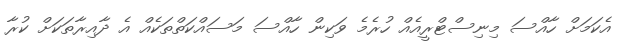
އެކަމަށް ހާއްސަ މިނިސްޓްރީއެއް ހުރެމެ ވަކިން ހާއްސަ މަސައްކަތްތަކެއް އެ ދާއިރާތަކަށް ކުރާ